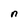
Character: n